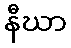
နီဃာ